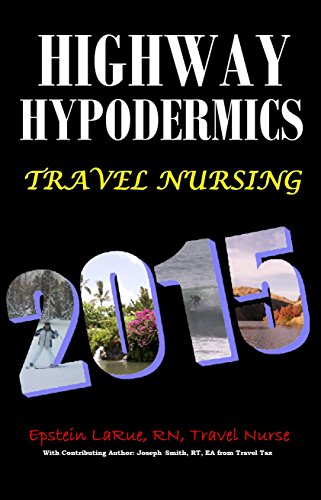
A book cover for Highway Hypodermics Travel Nursing 2015; Epstein Larue; Medical Books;